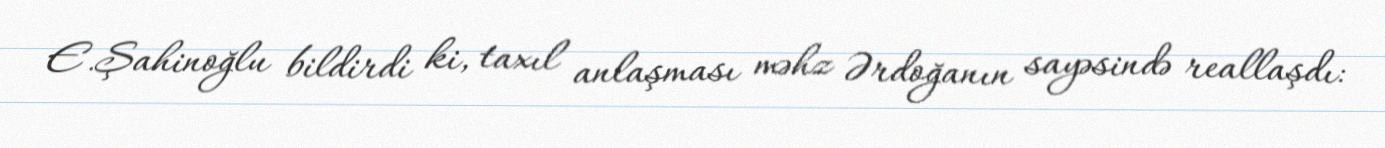
E.Şahinoğlu bildirdi ki, taxıl anlaşması məhz Ərdoğanın sayəsində reallaşdı: